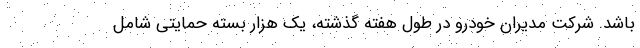
باشد. شرکت مدیران خودرو در طول هفته گذشته، یک هزار بسته حمایتی شامل